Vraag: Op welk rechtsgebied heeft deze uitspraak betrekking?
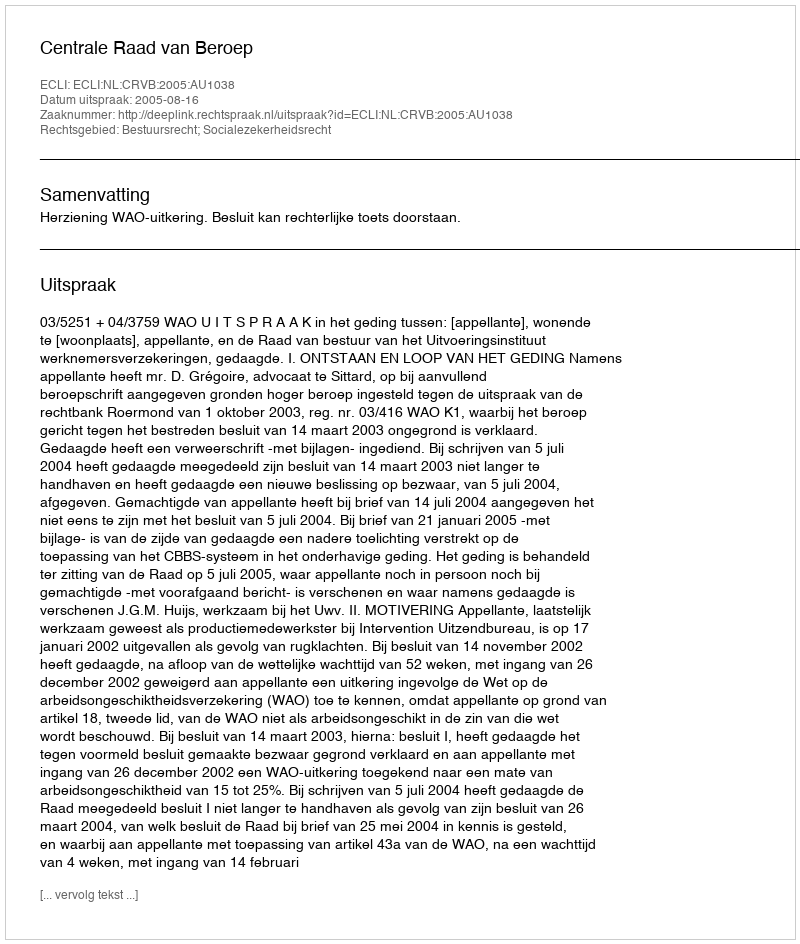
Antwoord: Bestuursrecht; Socialezekerheidsrecht